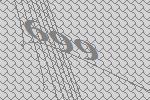
699